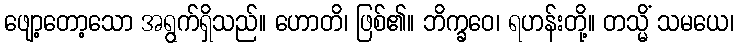
ဖျော့တော့သော အရွက်ရှိသည်။ ဟောတိ၊ ဖြစ်၏။ ဘိက္ခဝေ၊ ရဟန်းတို့။ တသ္မိံ သမယေ၊